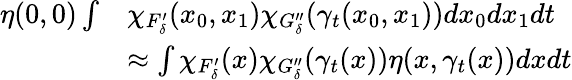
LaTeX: \begin{array}{rl}{\eta(0,0)\int}&{\chi_{F_{\delta}^{\prime}}(x_{0},x_{1})\chi_{G_{\delta}^{\prime\prime}}(\gamma_{t}(x_{0},x_{1}))dx_{0}dx_{1}dt}\\ &{\approx\int\chi_{F_{\delta}^{\prime}}(x)\chi_{G_{\delta}^{\prime\prime}}(\gamma_{t}(x))\eta(x,\gamma_{t}(x))dxdt}\end{array}